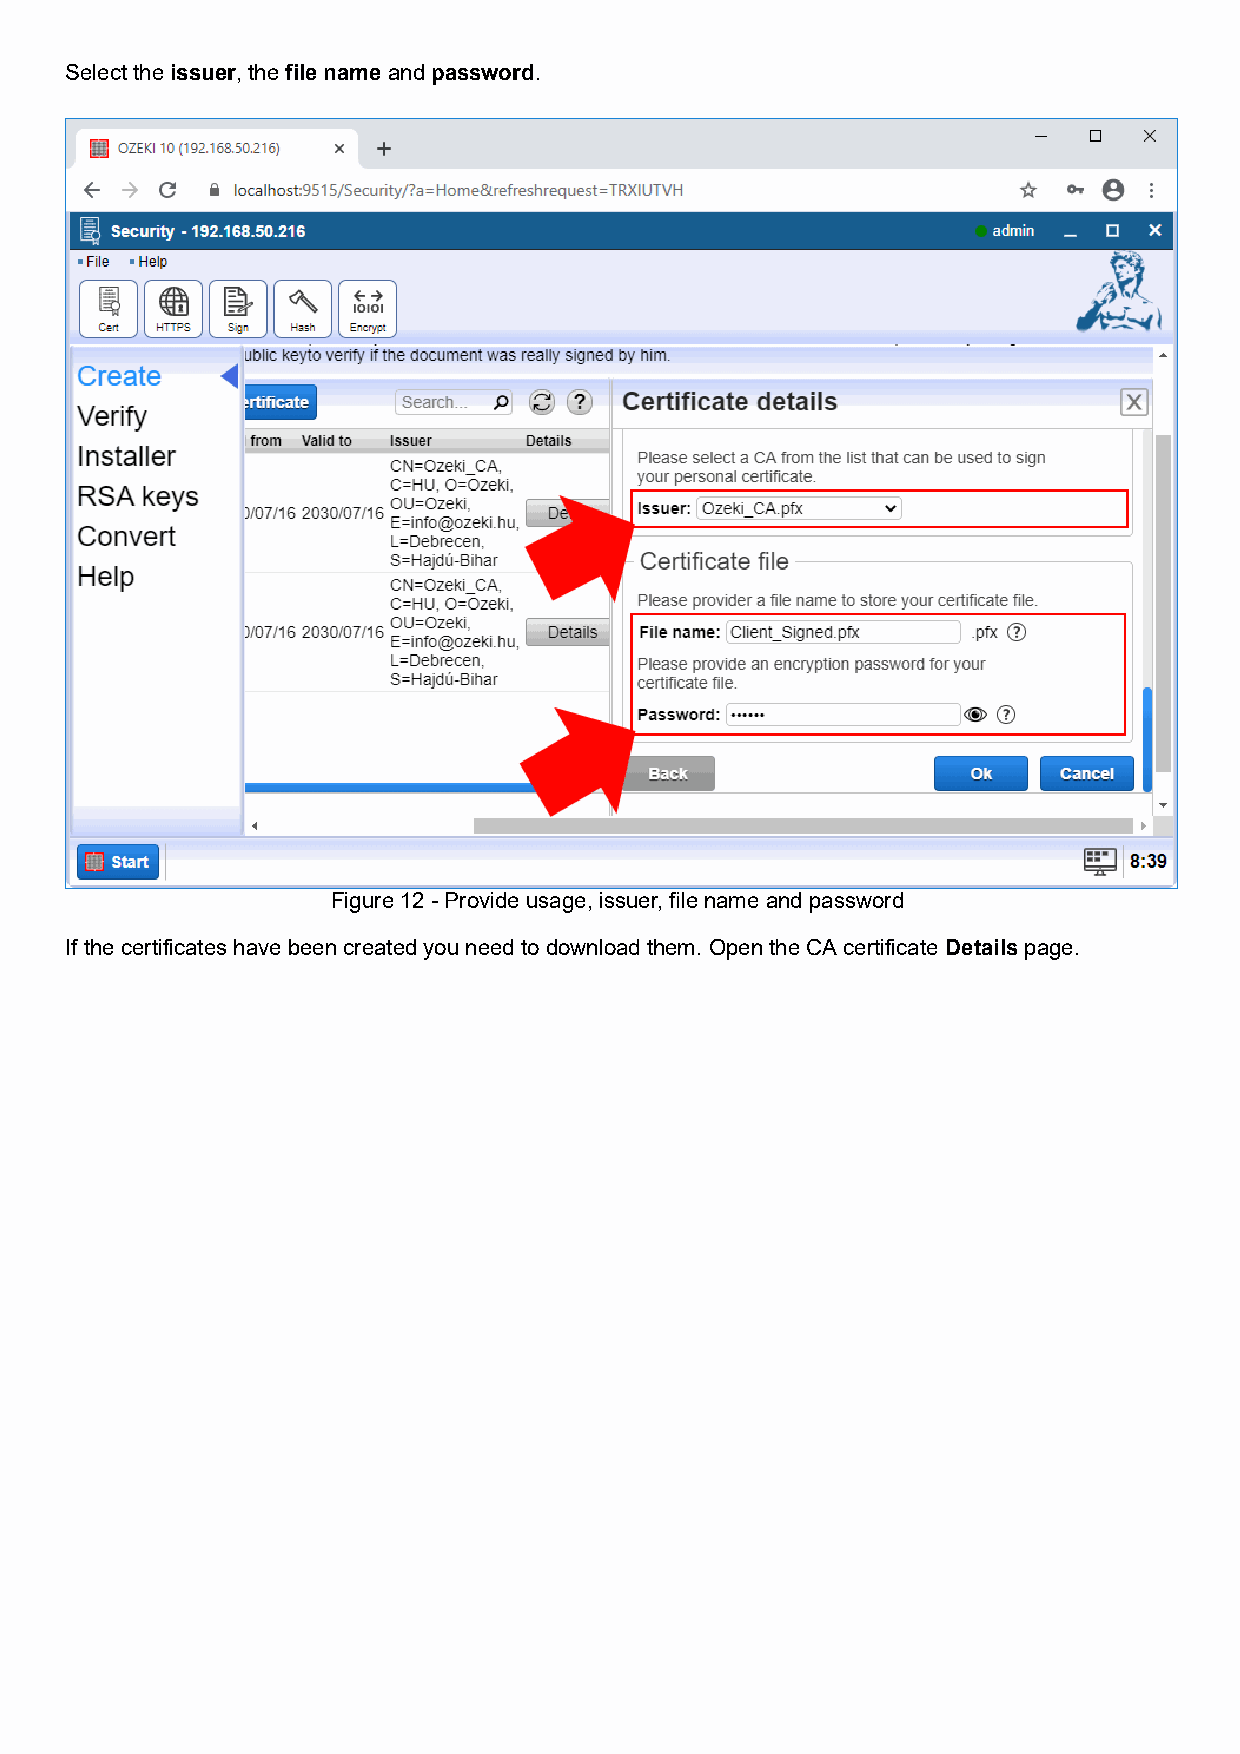
Select the issuer, the file name and password.
 Figure 12 - Provide usage, issuer, file name and password
 If the certificates have been created you need to download them. Open the CA certificate Details page.